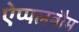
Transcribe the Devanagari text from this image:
ऐप्पलबौम